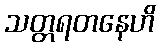
သတ္တရတနေဟိ